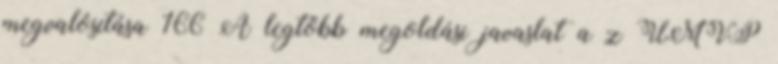
megvalósítása 166 A legtöbb megoldási javaslat a z ÚMVP